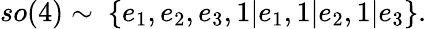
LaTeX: so(4)\sim~\{ e_{1},e_{2},e_{3},1|e_{1},1|e_{2},1|e_{3}\} .